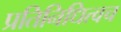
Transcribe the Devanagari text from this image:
प्रतिनिधित्वच